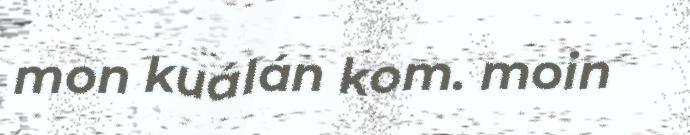
mon kuálán kom. moin